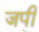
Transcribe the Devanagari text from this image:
जपी